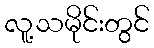
လူ့သမိုင်းတွင်